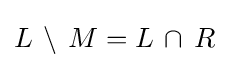
L\,\setminus \,M=L\,\cap \,R